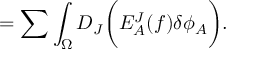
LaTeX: = \sum \int _ { \Omega } D _ { J } \biggl ( E _ { A } ^ { J } ( f ) \delta \phi _ { A } \biggr ) .